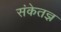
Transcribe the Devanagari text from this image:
संकेतज्ञ